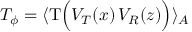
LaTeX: T _ { \phi } = \langle \mathrm { T } \Big ( { \cal V } _ { \cal T } ( x ) \, { \cal V } _ { R } ( z ) \Big ) \rangle _ { A }